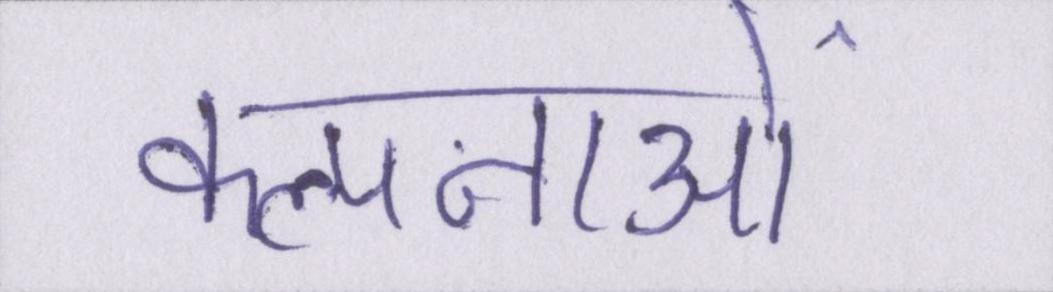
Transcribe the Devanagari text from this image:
कल्पनाओं